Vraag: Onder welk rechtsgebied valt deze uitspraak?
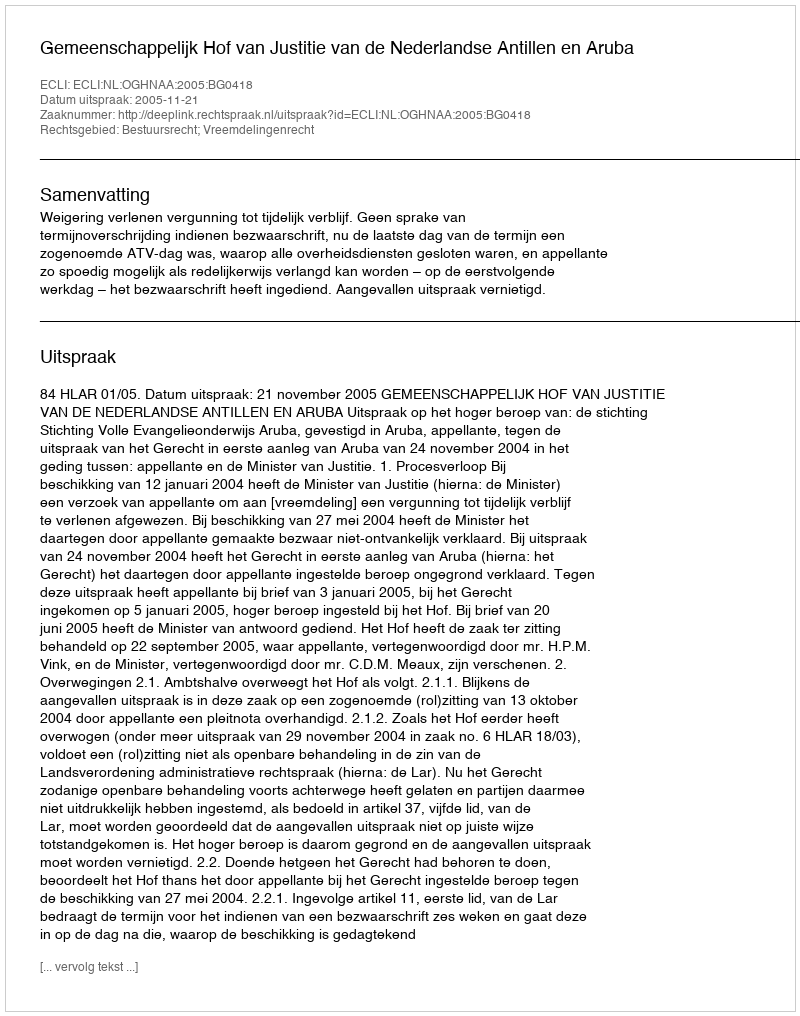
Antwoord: Bestuursrecht; Vreemdelingenrecht